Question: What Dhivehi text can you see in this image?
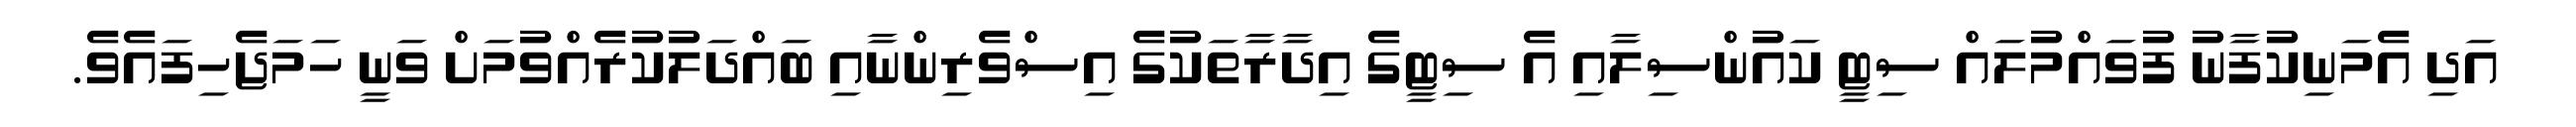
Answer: އަދި އެމަނިކުފާނު ފުވައްމުލައް ސިޓީ ކައުންސިލާއި އެ ސިޓީގެ އިދާރާތަކުގެ އިސްވެރިންނާއި ބައްދަލުކުރެއްވުމަށް ވަނީ ހަމަޖެހިފައެވެ.